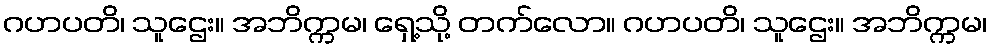
ဂဟပတိ၊ သူဌေး။ အဘိက္ကမ၊ ရှေ့သို့ တက်လော။ ဂဟပတိ၊ သူဌေး။ အဘိက္ကမ၊